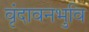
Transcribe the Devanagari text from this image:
वृंदावनभुवि